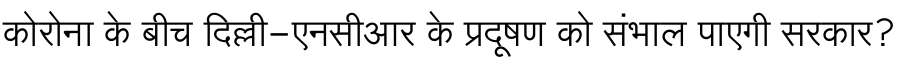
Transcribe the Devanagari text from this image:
कोरोना के बीच दिल्ली-एनसीआर के प्रदूषण को संभाल पाएगी सरकार?